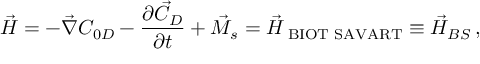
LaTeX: \vec { H } = - \vec { \nabla } C _ { 0 D } - \frac { \partial \vec { C } _ { D } } { \partial t } + \vec { M } _ { s } = \vec { H } _ { \mathrm { \tiny ~ B I O T ~ S A V A R T } } \equiv \vec { H } _ { B S } \, ,